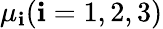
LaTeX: \mu_{\mathbf{i}}(\mathbf{i}=1,2,3)